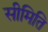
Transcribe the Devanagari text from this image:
सीमिति